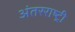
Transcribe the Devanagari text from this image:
अंतरराष्ट्री